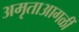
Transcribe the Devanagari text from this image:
अमृताआगळीं